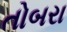
તોબરા